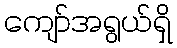
ကျော်အရွယ်ရှိ